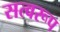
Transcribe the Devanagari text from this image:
सत्वरूप